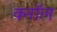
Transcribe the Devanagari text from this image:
क्नॉल